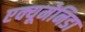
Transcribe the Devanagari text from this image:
एक्यूमेनिडा